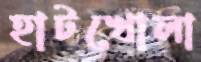
হাটখোলা